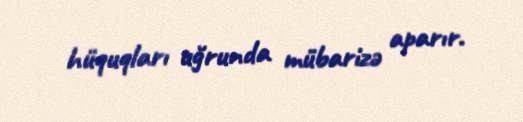
hüquqları uğrunda mübarizə aparır.